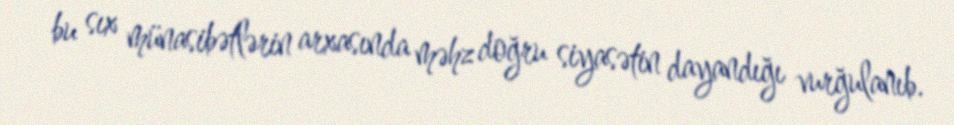
bu sıx münasibətlərin arxasında məhz doğru siyasətin dayandığı vurğulanıb.